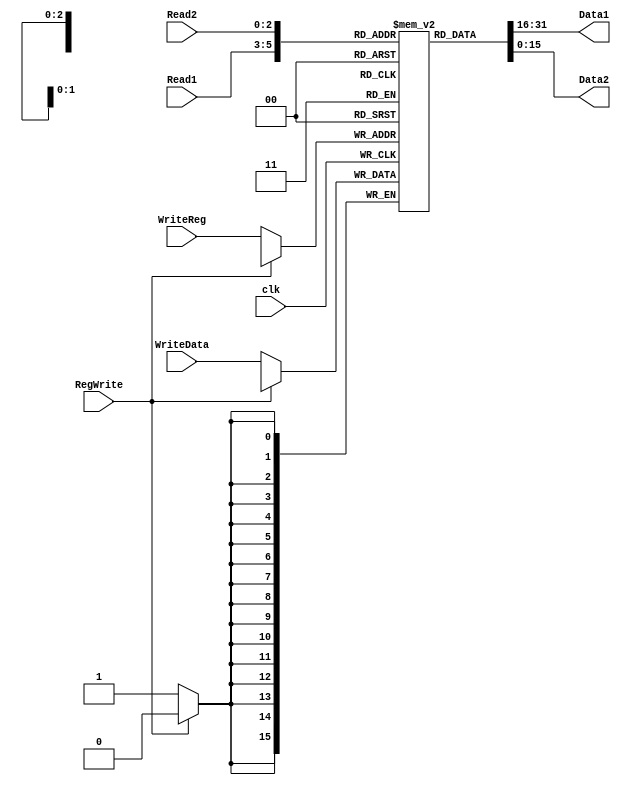
module RegisterFile(
input [2:0] Read1,Read2,WriteReg,
	input [15:0] WriteData,
	input clk,RegWrite,
	output [15:0] Data1,Data2);
	reg [15:0] RegFile [7:0];
	assign Data1 = RegFile [Read1];
	assign Data2 = RegFile [Read2];
	always @ (posedge clk) begin
		if(!RegWrite) begin
			RegFile [WriteReg] <= WriteData;
		end
	end
endmodule